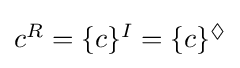
{\textstyle c^{R}=\{c\}^{I}=\{c\}^{\Diamond }}